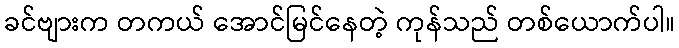
ခင်ဗျားက တကယ် အောင်မြင်နေတဲ့ ကုန်သည် တစ်ယောက်ပါ။